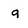
Character: a